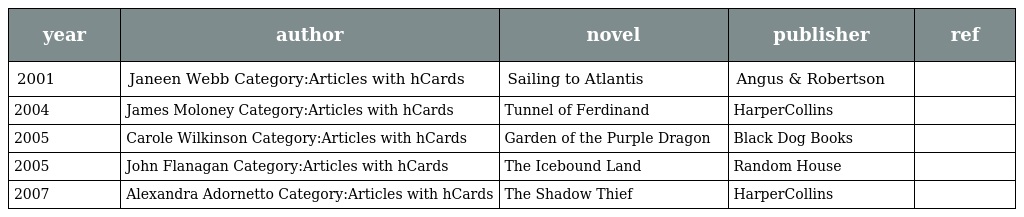
| year | author | novel | publisher | ref |
 | --- | --- | --- | --- | --- |
 | 2001 | Janeen Webb Category:Articles with hCards | Sailing to Atlantis | Angus & Robertson |  |
 | 2004 | James Moloney Category:Articles with hCards | Tunnel of Ferdinand | HarperCollins |  |
 | 2005 | Carole Wilkinson Category:Articles with hCards | Garden of the Purple Dragon | Black Dog Books |  |
 | 2005 | John Flanagan Category:Articles with hCards | The Icebound Land | Random House |  |
 | 2007 | Alexandra Adornetto Category:Articles with hCards | The Shadow Thief | HarperCollins |  |